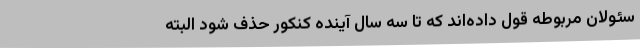
سئولان مربوطه قول داده‌اند که تا سه سال آینده کنکور حذف شود البته